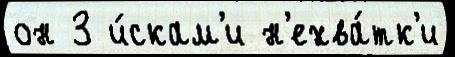
он 3 и́скам'и н'ехва́тк'и